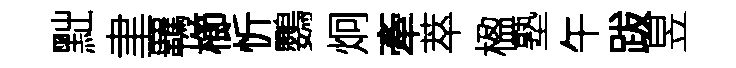
黜聿覊櫛忻鸚炯牽萃楹塾午跋昱